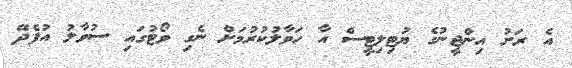
އެ ރަށު އިންޖީނުގެ ޔުޓިލިޓީސް އާ ހަވާލުކުރުމަށް ނެގި ވޯޓުގައި ސުވާލު އުފެދޭ